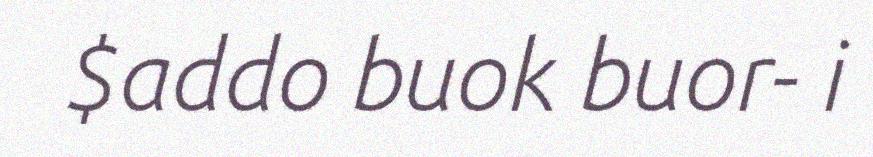
$addo buok buor- i